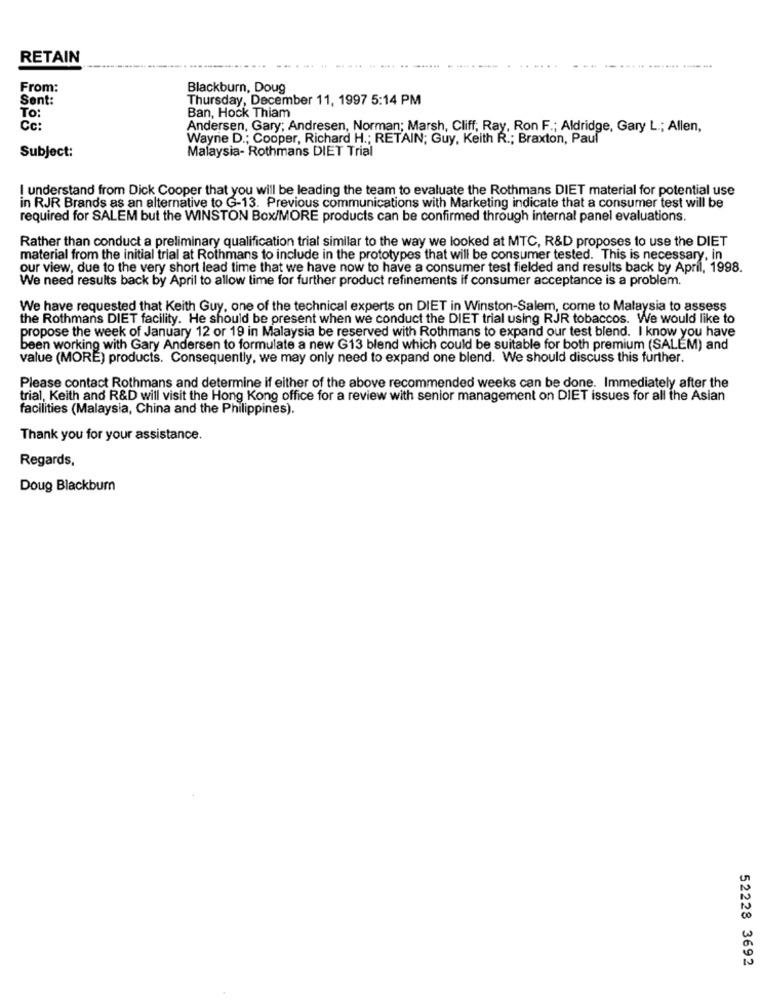
RETAIN
---
--
From:
Blackburn, Doug
Sent:
Thursday, December 11, 1997 5:14 PM
To:
Ban, Hock Thiam
Cc:
Andersen, Gary; Andresen, Norman; Marsh, Cliff, Ray, Ron F .; Aldridge, Gary L .; Allen,
Wayne D .; Cooper, Richard H .; RETAIN; Guy, Keith R .; Braxton, Paul
Subject:
Malaysia- Rothmans DIET Trial
I understand from Dick Cooper that you will be leading the team to evaluate the Rothmans DIET material for potential use
in RJR Brands as an alternative to G-13. Previous communications with Marketing indicate that a consumer test will be
required for SALEM but the WINSTON Box/MORE products can be confirmed through internal panel evaluations.
Rather than conduct a preliminary qualification trial similar to the way we looked at MTC, R&D proposes to use the DIET
material from the initial trial at Rothmans to include in the prototypes that will be consumer tested. This is necessary, in
our view, due to the very short lead time that we have now to have a consumer test fielded and results back by April, 1998.
We need results back by April to allow time for further product refinements if consumer acceptance is a problem.
We have requested that Keith Guy, one of the technical experts on DIET in Winston-Salem, come to Malaysia to assess
the Rothmans DIET facility. He should be present when we conduct the DIET trial using RJR tobaccos. We would like to
propose the week of January 12 or 19 in Malaysia be reserved with Rothmans to expand our test blend. I know you have
been working with Gary Andersen to formulate a new G13 blend which could be suitable for both premium (SALEM) and
value (MORE) products. Consequently, we may only need to expand one blend. We should discuss this further.
Please contact Rothmans and determine if either of the above recommended weeks can be done. Immediately after the
trial, Keith and R&D will visit the Hong Kong office for a review with senior management on DIET issues for all the Asian
facilities (Malaysia, China and the Philippines).
Thank you for your assistance.
Regards,
Doug Blackburn
52228 3692